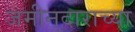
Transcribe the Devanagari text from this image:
जमीनदाराच्या